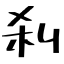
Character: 刹